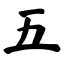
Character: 五